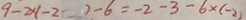
9 - 2 x ( - 2 ) - 6 = - 2 - 3 - 6 \times ( - 2 )